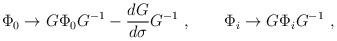
LaTeX: \begin{align*}\Phi_0\to G\Phi_0G^{-1}-{dG\over d\sigma}G^{-1}\ ,\qquad \Phi_i\to G \Phi_i G^{-1}\ ,\end{align*}